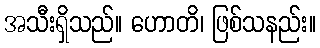
အသီးရှိသည်။ ဟောတိ၊ ဖြစ်သနည်း။